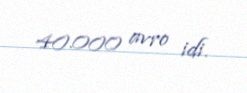
40.000 avro idi.